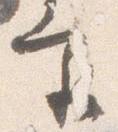
宮